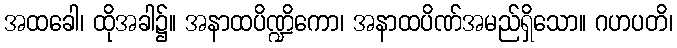
အထခေါ၊ ထိုအခါ၌။ အနာထပိဏ္ဍိကော၊ အနာထပိဏ်အမည်ရှိသော။ ဂဟပတိ၊